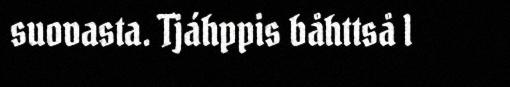
suovasta. Tjáhppis båhttså l